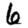
Digit: 6